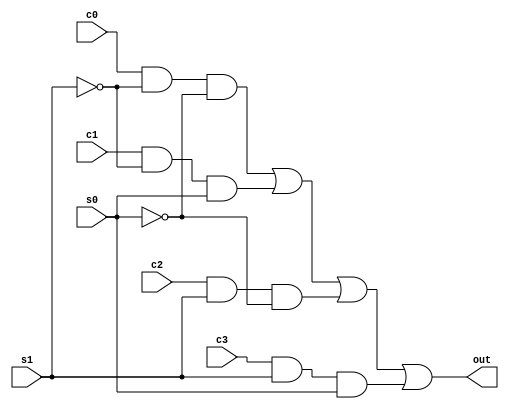
module mux4to1(out, c0, c1, c2, c3, s1, s0);
	input c0, c1, c2, c3, s1, s0;
	output out;

	wire s0n,s1n; //s0 not, s1 not
	wire w1,w2,w3,w4;

	not n1(s0n,s0);
	not n2(s1n,s1);

	and and1(w1,c0,s1n,s0n);
	and and2(w2,c1,s1n,s0);
	and and3(w3,c2,s1,s0n);
	and and4(w4,c3,s1,s0);

	or or1(out,w1,w2,w3,w4);
endmodule